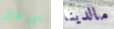
مورغان مالدينا